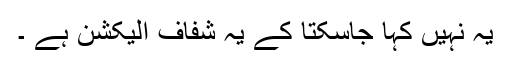
یہ نہیں کہا جاسکتا کے یہ شفاف الیکشن ہے ۔